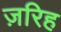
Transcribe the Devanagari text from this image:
ज़रिह